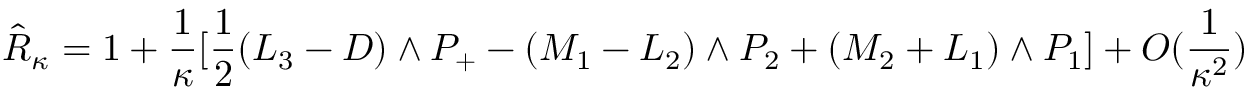
\hat { R } _ { \kappa } = 1 + \frac { 1 } { \kappa } [ \frac { 1 } { 2 } ( L _ { 3 } - D ) \wedge P _ { + } - ( M _ { 1 } - L _ { 2 } ) \wedge P _ { 2 } + ( M _ { 2 } + L _ { 1 } ) \wedge P _ { 1 } ] + O ( \frac { 1 } { \kappa ^ { 2 } } )